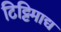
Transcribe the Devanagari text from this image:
टिट्टिमाद्य